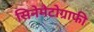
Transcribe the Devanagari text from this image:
सिनेमैटोग्राफी